Kiideva_(Sinalepa)_vallavalitsus, lk 7
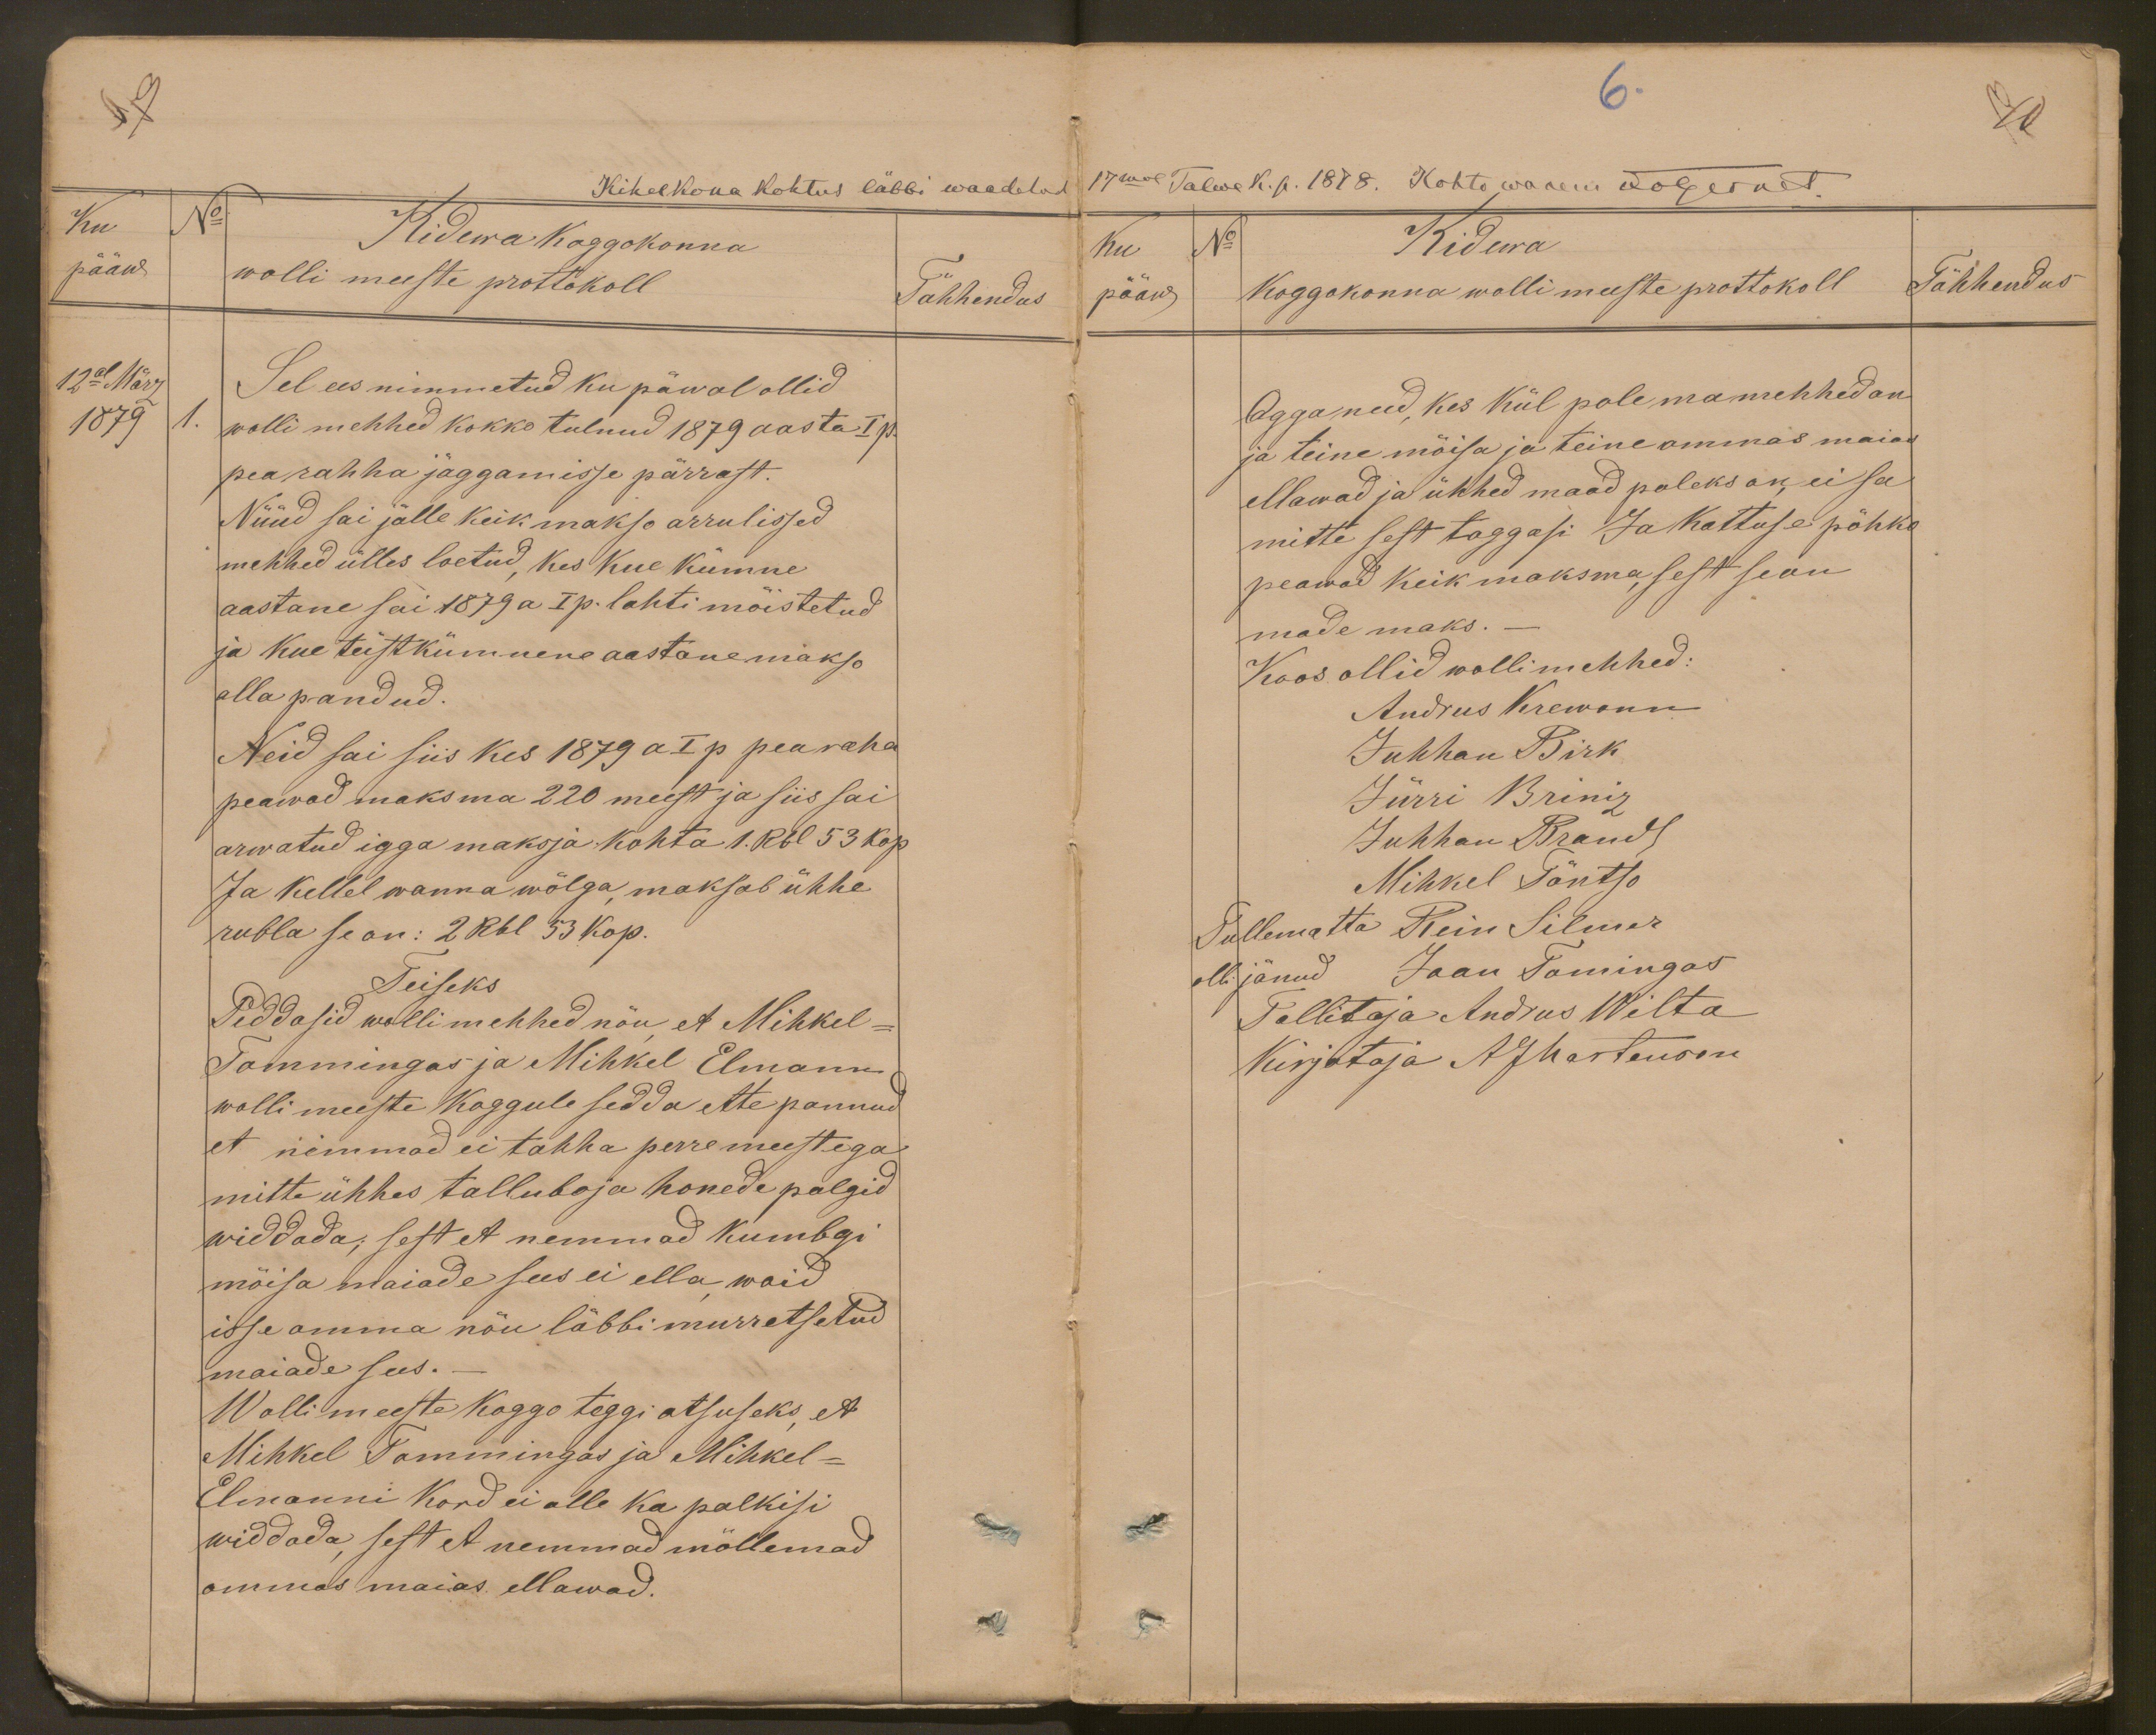
7
Ku
N:
Kidewa Koggokonna
pääw
wolli meeste prottokoll
Tähhendus
12al März
Sel ees nimmetud ku päwal ollid
1879
1. wolli mehhed kokko tulnud 1879 aasta I p.
pearahha jaggamisse pärrast.
Nüüd sai jälle keik makso arrulissed
mehhed ülles loetud, kes kue kümne
aastane sai 1879 a I p. lahti mõistetud
ja kue teistkümnene aastane makso
alla pandud.
Neid sai siis kes 1879 a I p pea raha
peawad maksma 220 meest ja siis sai
arwatud igga maksja kohta 1. Rbl 53 kop.
Ja kellel wanna wõlga maksab ühhe
rubla se on: 2 Rbl 53 kop.
Teiseks
Piddasid wollimehhed nõu et Mihkel-
Tommingas ja Mihkel Elmann
wolli meeste koggule sedda ette pannud
et nemmad ei tahha perremeestega
mitte ühhes talluboja honede palgid
widdada; sest et nemmad kumbgi
mõisa maiade sees ei ella waid
isse omma nõu läbbi murretsetud
maiade sees.
Wollimeeste koggo teggi otsuseks, et
Mihkel Tommingas ja Mihkel-
Elmanni Kord ei olle ka palkisi
widdada, sest et nemmad mõllemad
ommas maias ellawad.

6.
Kihelkona kohtus läbbi waadetud 17mal Talwe k. p. 1878. Kohtowanem FvGernet.
Ku
No
Kidewa
pääw
Koggokonna wolli meeste prottokoll
Tähhendus
Agga need kes kül pole ma mehhed on
ja teine möisa ja teine ommas maias
ellawad ja ühhed maad poleks on, ei sa
mitte sest taggasi Ja kattuse põhko
peawad keik maksma sest se on
made maks.-
Koos ollid wollimehhed:
Andrus Krewann
Juhhan Birk
Jürri Briniz
Juhhan Brandt
Mihkel Tõntso
Tullematta
Rein Silmer
olli jänud
Jaan Tomingas
Tallitaja Andrus Wilta
Kirjutaja AJ Martenson